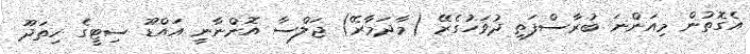
އެގޮތުން މިއަންނަ ބުރާސްފަތި ދުވަހުގެރޭ (މާދަމާރޭ) ޖަލްސާ އޮންނާނީ އައްޑޫ ސިޓީގެ ހިތަދޫ